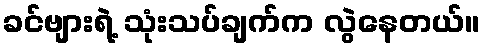
ခင်ဗျားရဲ့ သုံးသပ်ချက်က လွဲနေတယ်။